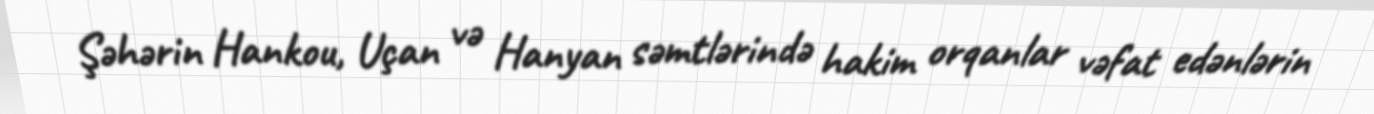
Şəhərin Hankou, Uçan və Hanyan səmtlərində hakim orqanlar vəfat edənlərin